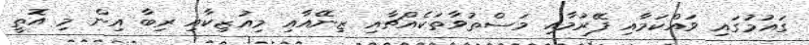
ގައުމުގައި ވައްކަމާއި ފޭރުމާއި މަސްތުވާތަކެއްޗާއި ޒިނޭއާއި މިއުޒިކާއި ރިބާ އިން މި އޮތީ